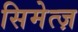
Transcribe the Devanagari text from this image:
सिमेत्ज़